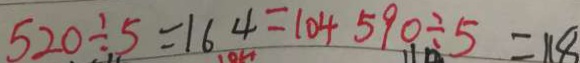
5 2 0 \div 5 = 1 6 4 = 1 0 4 5 9 0 \div 5 = 1 1 8